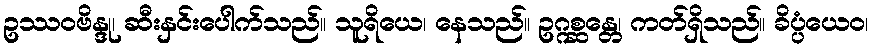
ဥဿဝဗိန္ဒု၊ ဆီးနှင်းပေါက်သည်။ သူရိယေ၊ နေသည်။ ဥဂ္ဂစ္ဆန္တေ၊ ကတ်ရှိသည်။ ခိပ္ပံယေဝ၊